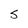
Character: S